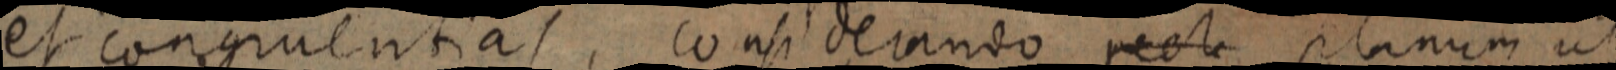
et congruentias, considerando rect planum ut